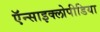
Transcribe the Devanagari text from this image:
ऍन्साइक्लोपीडिया